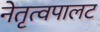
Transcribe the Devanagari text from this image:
नेतृत्वपालट